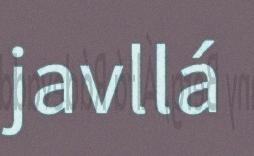
javllá